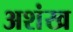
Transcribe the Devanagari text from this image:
अशंख